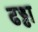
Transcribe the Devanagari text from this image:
ढड्ढा